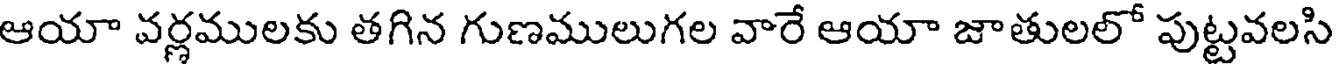
ఆయా వర్లములకు తగిన గుణములుగల వారే ఆయా జాతులలో పుట్టవలసి